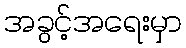
အခွင့်အရေးမှာ